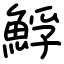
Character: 䱐